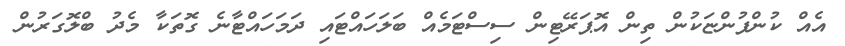
އެއް ކުންފުންޏަކުން ތިން އޮޕަރޭޓިން ސިސްޓަމެއް ބަލަހައްޓައި ދަމަހައްޓާނެ ގޮތަކާ މެދު ބްލޮގަރުން